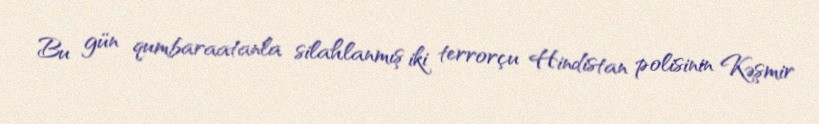
Bu gün qumbaraatanla silahlanmış iki terrorçu Hindistan polisinin Kəşmir